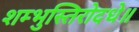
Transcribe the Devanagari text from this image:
शम्भुस्तिरोदधे॥